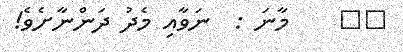
٨٢    މާނަ :  ނަވާއި މެދު ދަންނާށެވެ!